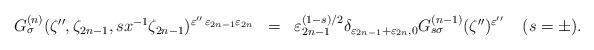
LaTeX: \begin{align*}\begin{array}{rcl}G_{\sigma}^{(n)} (\zeta'',\zeta_{2n-1}, sx^{-1}\zeta_{2n-1})^{\varepsilon''\, \varepsilon_{2n-1}\varepsilon_{2n}} &=&\varepsilon_{2n-1}^{(1-s )/2}\delta_{\varepsilon_{2n-1}+\varepsilon_{2n},0}G_{s\sigma}^{(n-1)} (\zeta'')^{\varepsilon''} \;\;\;\; (s=\pm ). \end{array}\end{align*}